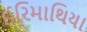
ઈરિમાથિયા